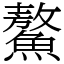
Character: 鰲